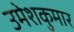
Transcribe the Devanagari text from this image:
उमेशकुमार